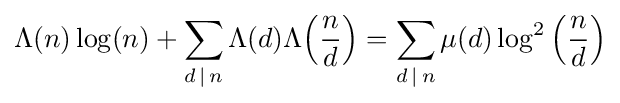
\Lambda (n)\log(n)+\sum _{d\,|\,n}\Lambda (d)\Lambda \!\left({\frac {n}{d}}\right)=\sum _{d\,|\,n}\mu (d)\log ^{2}\left({\frac {n}{d}}\right)